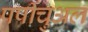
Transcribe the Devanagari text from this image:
पर्पीचुअल